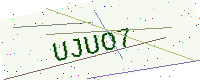
Text: UJUO7